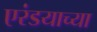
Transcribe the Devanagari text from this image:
एरंडयाच्या